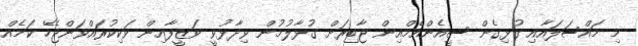
މި މައްސަލައާއި ގުޅިގެން ސީއެންއެމްއިން ޖާބިރަށް ގުޅާލުމުން ވިދާޅުވީ ވަޒީފާއިން ވަކިކުރައްވަންޖެހޭ ކަމެއް